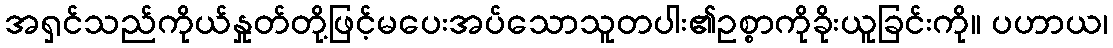
အရှင်သည်ကိုယ်နှုတ်တို့ဖြင့်မပေးအပ်သောသူတပါး၏ဥစ္စာကိုခိုးယူခြင်းကို။ ပဟာယ၊